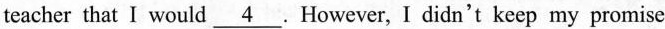
teacher that I would \underline{4}. However, I didn't keep my pomise